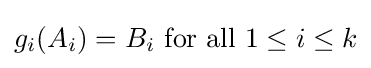
g_{i}(A_{i})=B_{i}{\text{ for all }}1\leq i\leq k